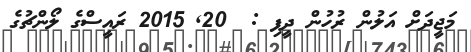
މަޖީދަށް އަލުން ރުހުން ދީފި :  20